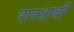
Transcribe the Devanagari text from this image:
पापशार्थी